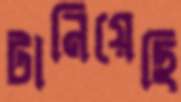
টানিয়েছি